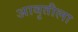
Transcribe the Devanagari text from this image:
आवृतीला